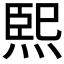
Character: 𤋮